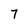
Character: 7